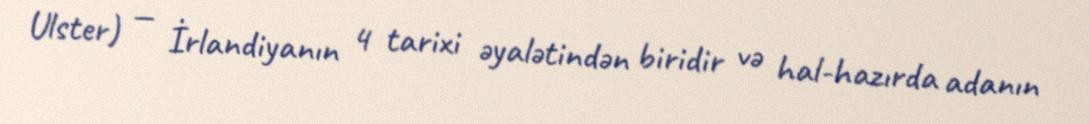
Ulster) — İrlandiyanın 4 tarixi əyalətindən biridir və hal-hazırda adanın